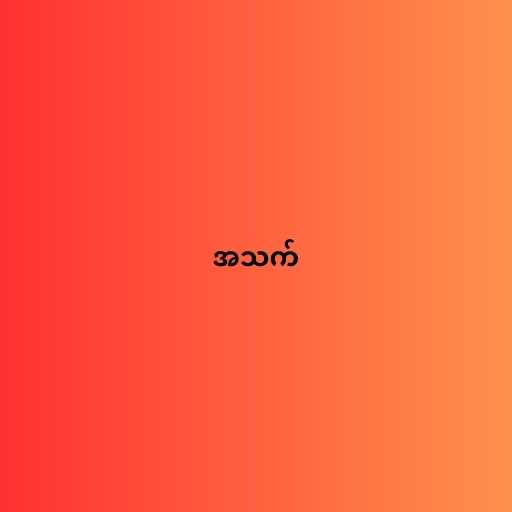
အသက်